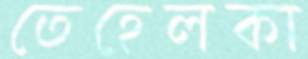
তেহেলকা